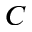
C